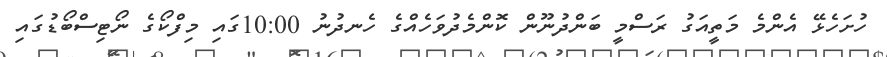
ހުށަހެޅޭ އެންމެ މަތީއަގު ރަސްމީ ބަންދުނޫން ކޮންމެދުވަހެއްގެ ހެނދުނު 10:00ގައި މިފްކޯގެ ނޯޓިސްބޯޑުގައި